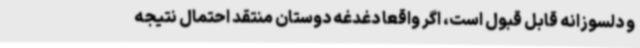
و دلسوزانه قابل قبول است، اگر واقعا دغدغه دوستان منتقد احتمال نتیجه